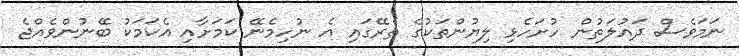
ނަމަވެސް ދައުލަތުން ހުށަހެޅި ލިޔުންތަކުގެ ތެރޭގައި އެ ނުހިމެނޭ ކަމަށާއި އެކަމަކު ބޭނުންވެއްޖެ